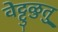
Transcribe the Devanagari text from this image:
वेट्टुळुतु